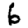
Digit: 6